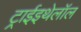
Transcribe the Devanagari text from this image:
ट्राईइथेलॉल